Lunatic asylums Punjab 1895-1910 - 1895-1910
Year: 1895
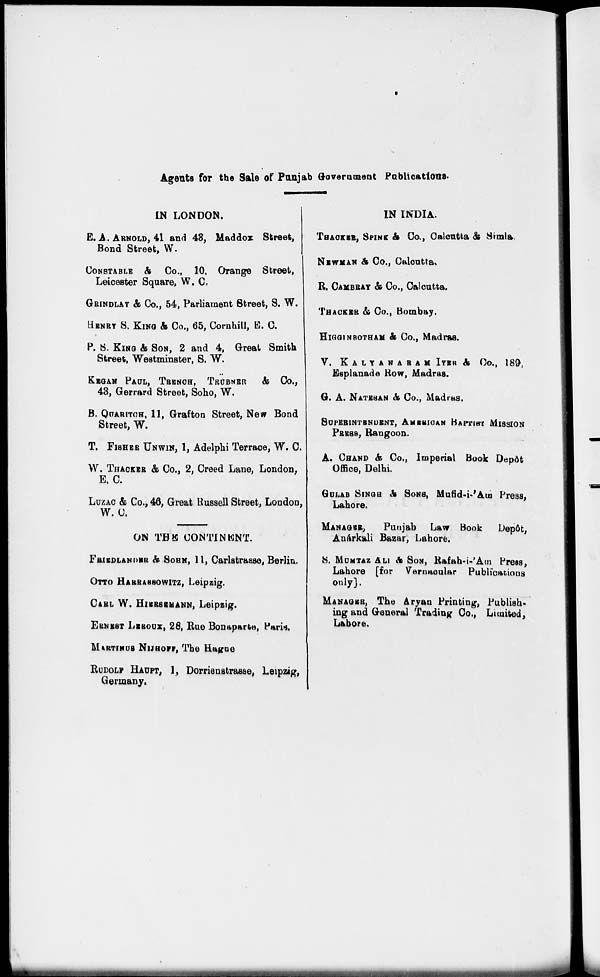
Agents for the Sale of Punjab Government Publications.
IN LONDON.
E. A. ARNOLD, 41 and 43, Maddox Street,
Bond Street, W.
CONSTABLE & Co., 10, Orange Street,
Leicester Square, W. C.
GRINDLAY & Co., 54, Parliament Street, S. W.
HENRY S. KING & Co., 65, Cornhill, E. C.
P. S. KING & SON, 2 and 4, Great Smith
Street, Westminster, S. W.
KEGAN PAUL, TRENCH, TRÜBNER & Co.,
43, Gerrard Street, Soho, W.
B. QUARITCH, 11, Grafton Street, New Bond
Street, W.
T. FISHER UNWIN, 1, Adelphi Terrace, W. C.
W. THACKER & Co., 2, Creed Lane, London,
E. C.
LUZAC & Co., 46, Great Russell Street, London,
W. C.
ON THE CONTINENT.
FRIEDLANDER & SOHN, 11, Carlstrasse, Berlin.
OTTO HARRASSOWITZ, Leipzig.
CARL W. HIERSEMANN, Leipzig.
ERNEST LEROUX, 28, Rue Bonaparte, Paris.
MARTINUS NIJHOFF, The Hague
RUDOLF HAUPT, 1, Dorrienstrasse, Leipzig,
Germany.
IN INDIA.
THACKER, SPINK & Co., Calcutta & Simla,
NEWMAN & Co., Calcutta,
R. CAMBRAY & Co., Calcutta.
THACKER & Co., Bombay.
HIGGINBOTHAM & Co., Madras.
V. KALYANARAM IYER & Co., 189,
Esplanade Row, Madras.
G. A. NATESAN & Co., Madras,
SUPERINTENDENT, AMERICAN BAPTIST MISSION
PRESS, Rangoon.
A. CHAND & Co., Imperial Book Depôt
Office, Delhi.
GULAB SINGH & SONS, Mufid-i-'Am Press,
Lahore.
MANAGER,
Punjab Law Book
Depôt,
Anárkali Bazar, Lahore.
S. MUMTAZ ALI & SON, Rafah-i-'Am Press,
Lahore [for Vernacular Publications
only].
MANAGER, The Aryan Printing, Publish-
ing and General Trading Co., Limited,
Lahore.